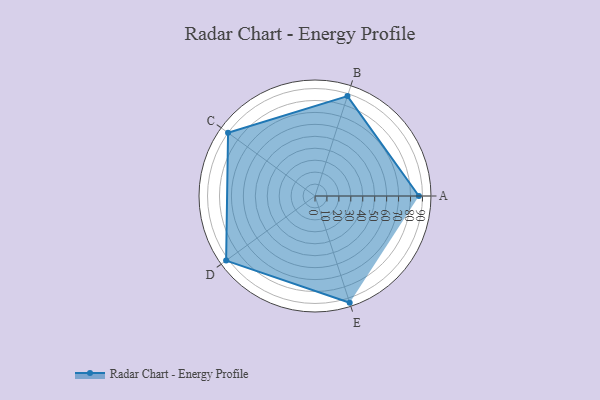
{"axis": {"x": "Skill", "y": "Score"}, "legend": ["Profile"], "data": [{"x": "A", "y": 87.0, "type": "Profile"}, {"x": "B", "y": 88.0, "type": "Profile"}, {"x": "C", "y": 90.0, "type": "Profile"}, {"x": "D", "y": 92.0, "type": "Profile"}, {"x": "E", "y": 94.0, "type": "Profile"}]}